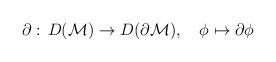
LaTeX: \begin{align*}\partial:\,D({\cal M})\rightarrow D(\partial {\cal M}),\quad \phi\mapsto\partial\phi\end{align*}